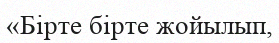
«Бірте бірте жойылып,